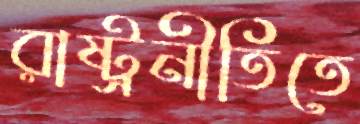
রাষ্ট্রনীতিতে